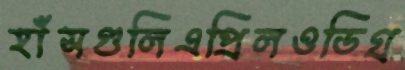
হাঁসগুলিএপ্রিলওডিগ্র